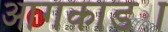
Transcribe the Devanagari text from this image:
आगकाड्या